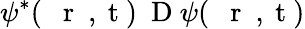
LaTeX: \psi^{*}(\mathrm{~{~\mathbf~r~}~,~t~})\mathrm{~\mathbf~D~}\psi(\mathrm{~{~\mathbf~r~}~,~t~})